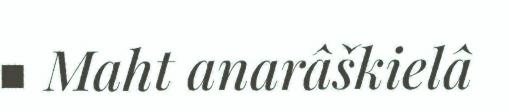
■ Maht anarâškielâ